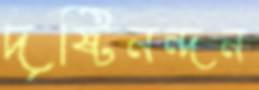
দৃষ্টিনন্দন